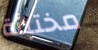
مختبئة